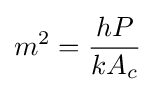
m^{2}={\frac {hP}{kA_{c}}}